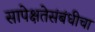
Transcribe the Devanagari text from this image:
सापेक्षतेसंबंधीचा